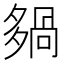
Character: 𡖿